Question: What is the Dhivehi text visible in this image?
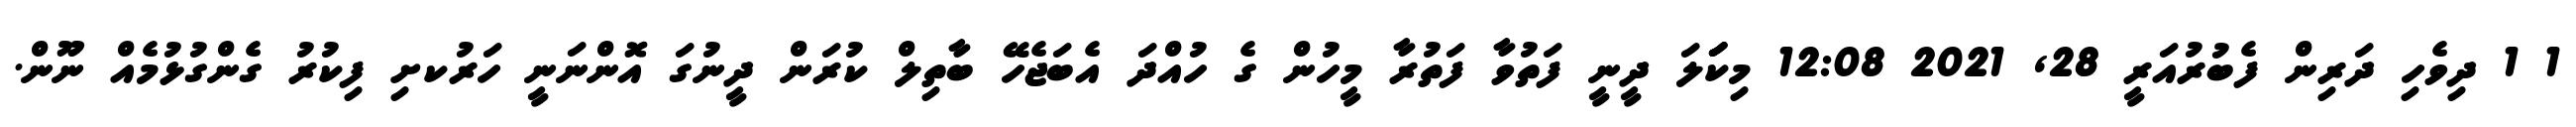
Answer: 1 1 ދިވެހި ދަރިން ފެބުރުއަރީ 28, 2021 12:08 މިކަަަލަ ދީނީ ފަތުވާ ފަތުރާ މީހުން ގެ ހުއްދަ އެބަޖެހޭ ބާތިލް ކުރަން ދީނުގަ އޮންނަނީ ހަރުކށި ފިކުރު ގެންގުޅުމެއް ނޫން.